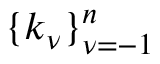
\{ k _ { \nu } \} _ { \nu = - 1 } ^ { n }